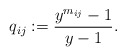
\begin{gather*} q_{ij}:=\frac{y^{m_{ij}}-1}{y-1}. \end{gather*}